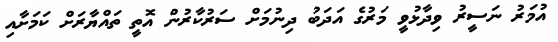
އުމަރު ނަސީރު ވިދާޅުވީ މަރުގެ އަދަބު ދިނުމަށް ސަރުކާރުން އޮތީ ތައްޔާރަށް ކަމަށާއި